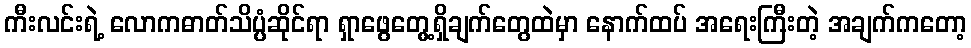
ကီးလင်းရဲ့ လောကဓာတ်သိပ္ပံဆိုင်ရာ ရှာဖွေတွေ့ရှိချက်တွေထဲမှာ နောက်ထပ် အရေးကြီးတဲ့ အချက်ကတော့